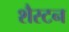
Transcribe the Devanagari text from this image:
शैस्टन